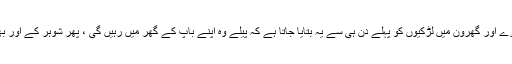
ہمارے معاشرے اور گھرون میں لڑکیوں کو پہلے دن ہی سے یہ بتایا جاتا ہے کہ پیلے وہ اپنے باپ کے گھر میں رہیں گی ، پھر شوہر کے اور بھر بچوں کے۔